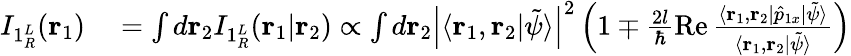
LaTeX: \begin{array}{rl}{I_{1{^L_{R}}}(\mathbf{r}_{1})}&{{}=\int d\mathbf{r}_{2}I_{1{^L_{R}}}(\mathbf{r}_{1}|\mathbf{r}_{2})\propto\int d\mathbf{r}_{2}\left|\langle\mathbf{r}_{1},\mathbf{r}_{2}|\tilde{\psi}\rangle\right|^{2}\left(1\mp\frac{2l}{\hbar}\operatorname{Re}\frac{\langle\mathbf{r}_{1},\mathbf{r}_{2}|\hat{p}_{1x}|\tilde{\psi}\rangle}{\langle\mathbf{r}_{1},\mathbf{r}_{2}|\tilde{\psi}\rangle}\right)}\end{array}